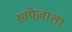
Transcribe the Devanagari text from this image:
साफेवाला